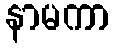
နာမကာ